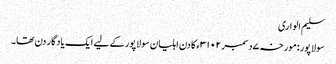
سلیم الواری
سولاپور:مورخہ ۷دسمبر ۳۱۰۲ء کا دن اہلیان سولاپور کے لیے ایک یادگار دن تھا۔